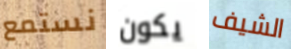
نستمع يكون الشيف